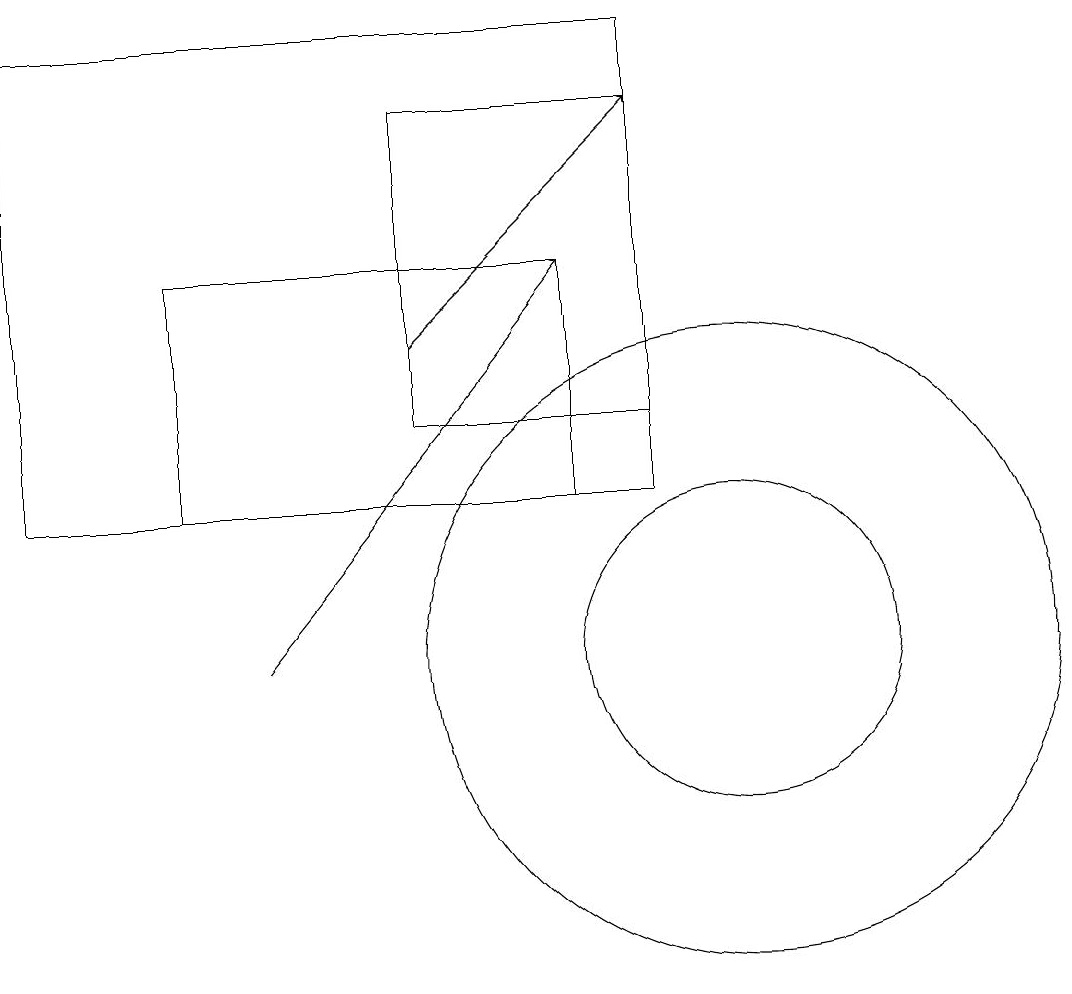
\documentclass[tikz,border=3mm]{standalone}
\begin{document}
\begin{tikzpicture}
\draw[->] (4,11) -- (8,16);
\draw (9,19) rectangle (1,13);
\draw (10,11) circle (2);
\draw (6,14) rectangle (9,18);
\draw (8,16) rectangle (3,13);
\draw[->] (6,15) -- (9,18);
\draw (10,11) circle (4);
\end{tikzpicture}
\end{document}